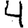
Digit: 4